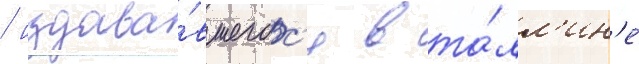
/ издава́вшегос'я в та́лл'ин'е